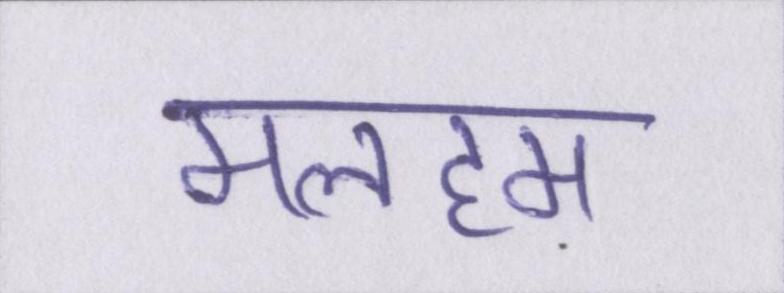
मलहम